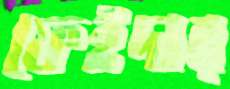
ফেইদার